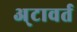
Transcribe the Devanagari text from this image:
अ्टावर्त